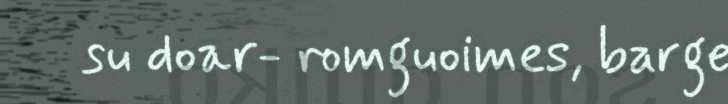
su doar- romguoimes, barge